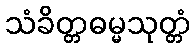
သံခိတ္တဓမ္မသုတ္တံ